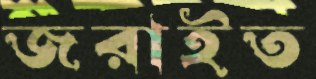
জরাইত